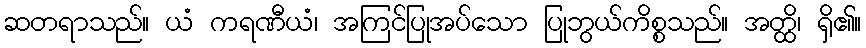
ဆတရာသည်။ ယံ ကရဏီယံ၊ အကြင်ပြုအပ်သော ပြုဘွယ်ကိစ္စသည်။ အတ္ထိ၊ ရှိ၏။